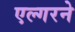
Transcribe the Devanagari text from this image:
एल्गरने